画像に写った文字を読んでください
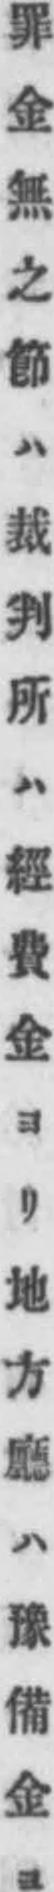
「罪金無之節ハ裁判所ハ經費金ヨリ地方廳ハ豫備金ヨ」と書いてあります